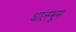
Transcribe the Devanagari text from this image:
धालभूम